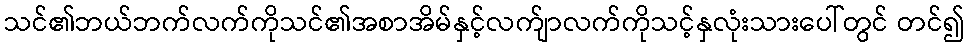
သင်၏ဘယ်ဘက်လက်ကိုသင်၏အစာအိမ်နှင့်လက်ျာလက်ကိုသင့်နှလုံးသားပေါ်တွင် တင်၍